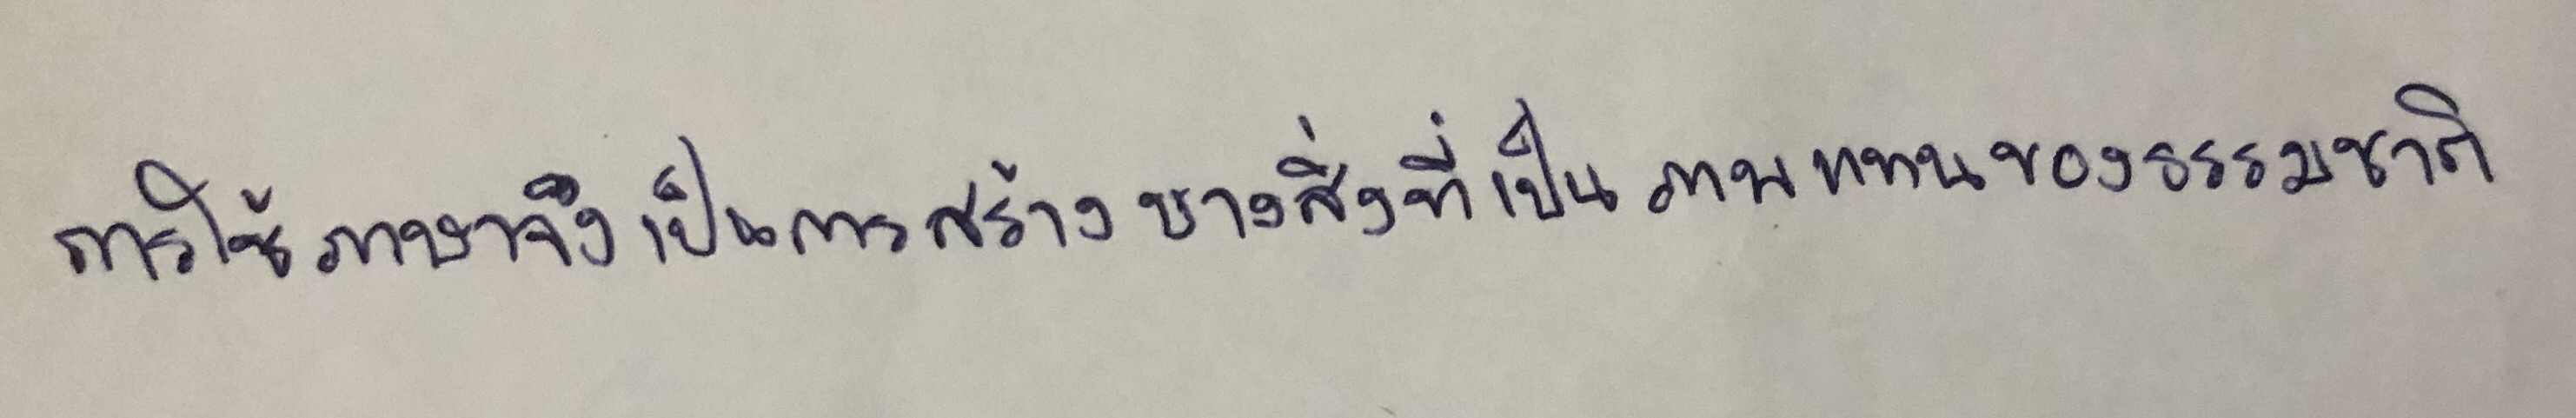
การใช้ภาษาจึงเป็นการสร้างบางสิ่งที่เป็นภาพแทนของธรรมชาติ